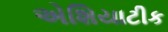
એશિયાટીક